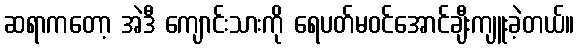
ဆရာကတော့ အဲဒီ ကျောင်းသားကို ရေပတ်မဝင်အောင်ချီးကျူးခဲ့တယ်။